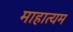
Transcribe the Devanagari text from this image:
माहात्यम